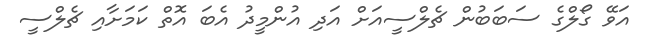
އަވޭ ގޯލްގެ ސަބަބުން ޗެލްސީއަށް އަދި އުންމީދު އެބަ އޮތް ކަމަށާއި ޗެލްސީ